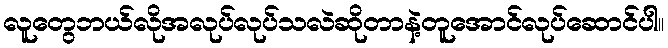
လူတွေဘယ်လိုအလုပ်လုပ်သလဲဆိုတာနဲ့တူအောင်လုပ်ဆောင်ပါ။